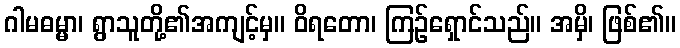
ဂါမဓမ္မာ၊ ရွာသူတို့၏အကျင့်မှ။ ဝိရတော၊ ကြဉ်ရှောင်သည်။ အမှိ၊ ဖြစ်၏။